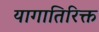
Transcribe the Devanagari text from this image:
यागातिरिक्त